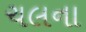
ચલના